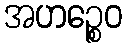
အဟဉ္စေဝ